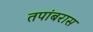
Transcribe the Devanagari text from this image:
तपांबरास